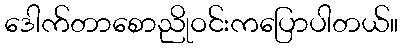
ဒေါက်တာစောညိုဝင်းကပြောပါတယ်။